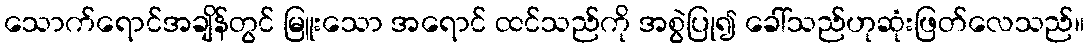
သောက်ရောင်အချိန်တွင် မြူးသော အရောင် ထင်သည်ကို အစွဲပြု၍ ခေါ်သည်ဟုဆုံးဖြတ်လေသည်။